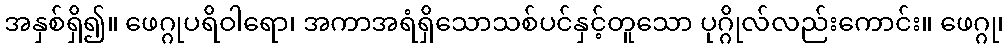
အနှစ်ရှိ၍။ ဖေဂ္ဂုပရိဝါရော၊ အကာအရံရှိသောသစ်ပင်နှင့်တူသော ပုဂ္ဂိုလ်လည်းကောင်း။ ဖေဂ္ဂု၊